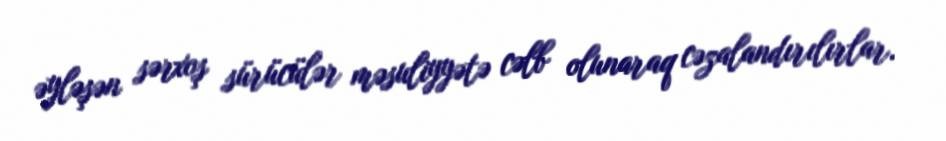
əyləşən sərxoş sürücülər məsuliyyətə cəlb olunaraq cəzalandırılırlar.